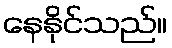
နေနိုင်သည်။